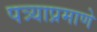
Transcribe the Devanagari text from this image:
पत्र्याप्रमाणे